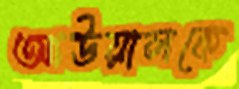
আউয়ালকে